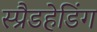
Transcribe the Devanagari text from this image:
स्प्रैडहेडिंग